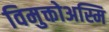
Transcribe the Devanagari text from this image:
विमुक्तोअस्मि